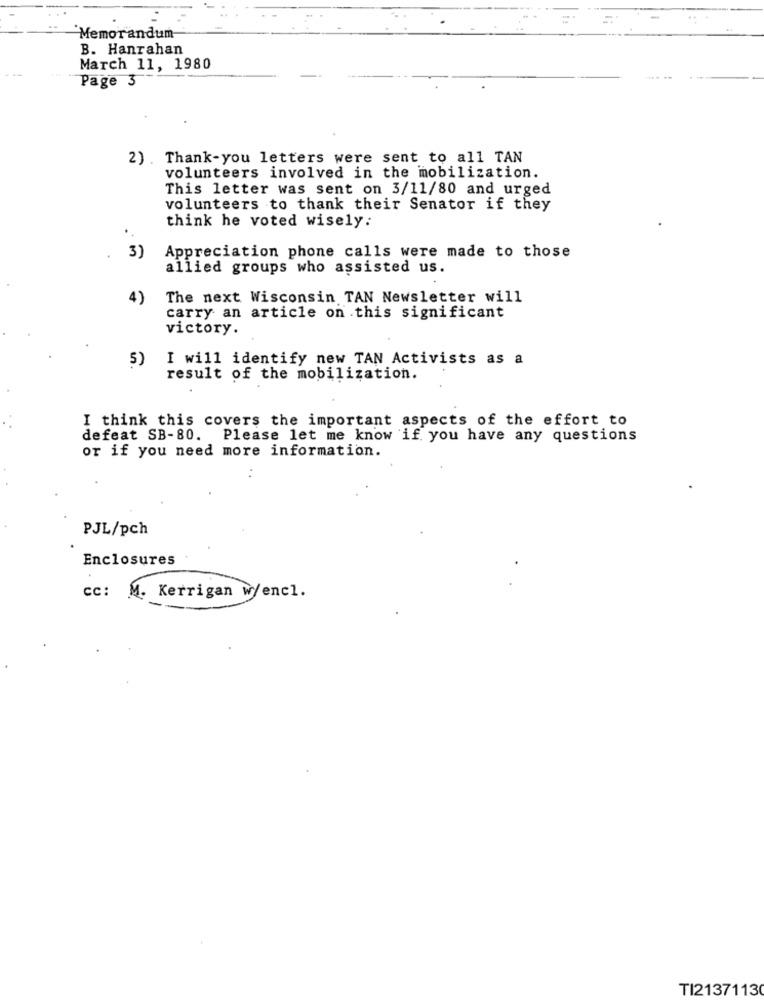
Memorandum
B. Hanrahan
March 11, 1980
Page 3
2) . Thank-you letters were sent to all TAN
volunteers involved in the mobilization.
This letter was sent on 3/11/80 and urged
volunteers to thank their Senator if they
think he voted wisely:
3)
Appreciation phone calls were made to those
allied groups who assisted us.
4)
The next Wisconsin TAN Newsletter will
carry an article on this significant
victory.
5)
I will identify new TAN Activists as a
result of the mobilization.
I think this covers the important aspects of the effort to
defeat SB-80. Please let me know if you have any questions
or if you need more information.
PJL/pch
Enclosures
cc: M. Kerrigan w/encl.
TI2137113